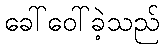
ခေါ်ဝေါ်ခဲ့သည်